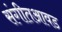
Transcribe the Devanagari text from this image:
संगीतआवड